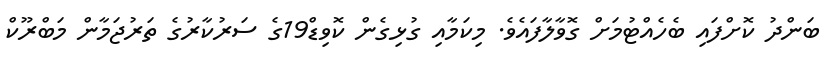
ބަންދު ކޮށްފައި ބެހެއްޓުމަށް ގޮވާލާފައެވެ. މިކަމާއި ގުޅިގެން ކޮވިޑް19ގެ ސަރުކާރުގެ ތަރުޖަމާން މަބްރޫކް